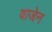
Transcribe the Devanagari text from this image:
वाजेन